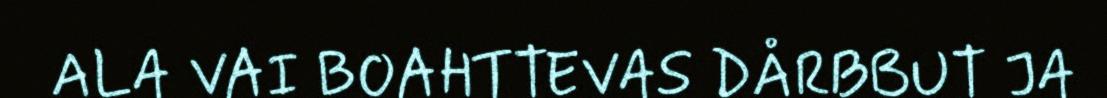
ALA VAI BOAHTTEVAS DÅRBBUT JA